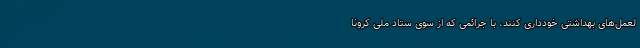
لعمل‌های بهداشتی خودداری کنند، با جرائمی که از سوی ستاد ملی کرونا